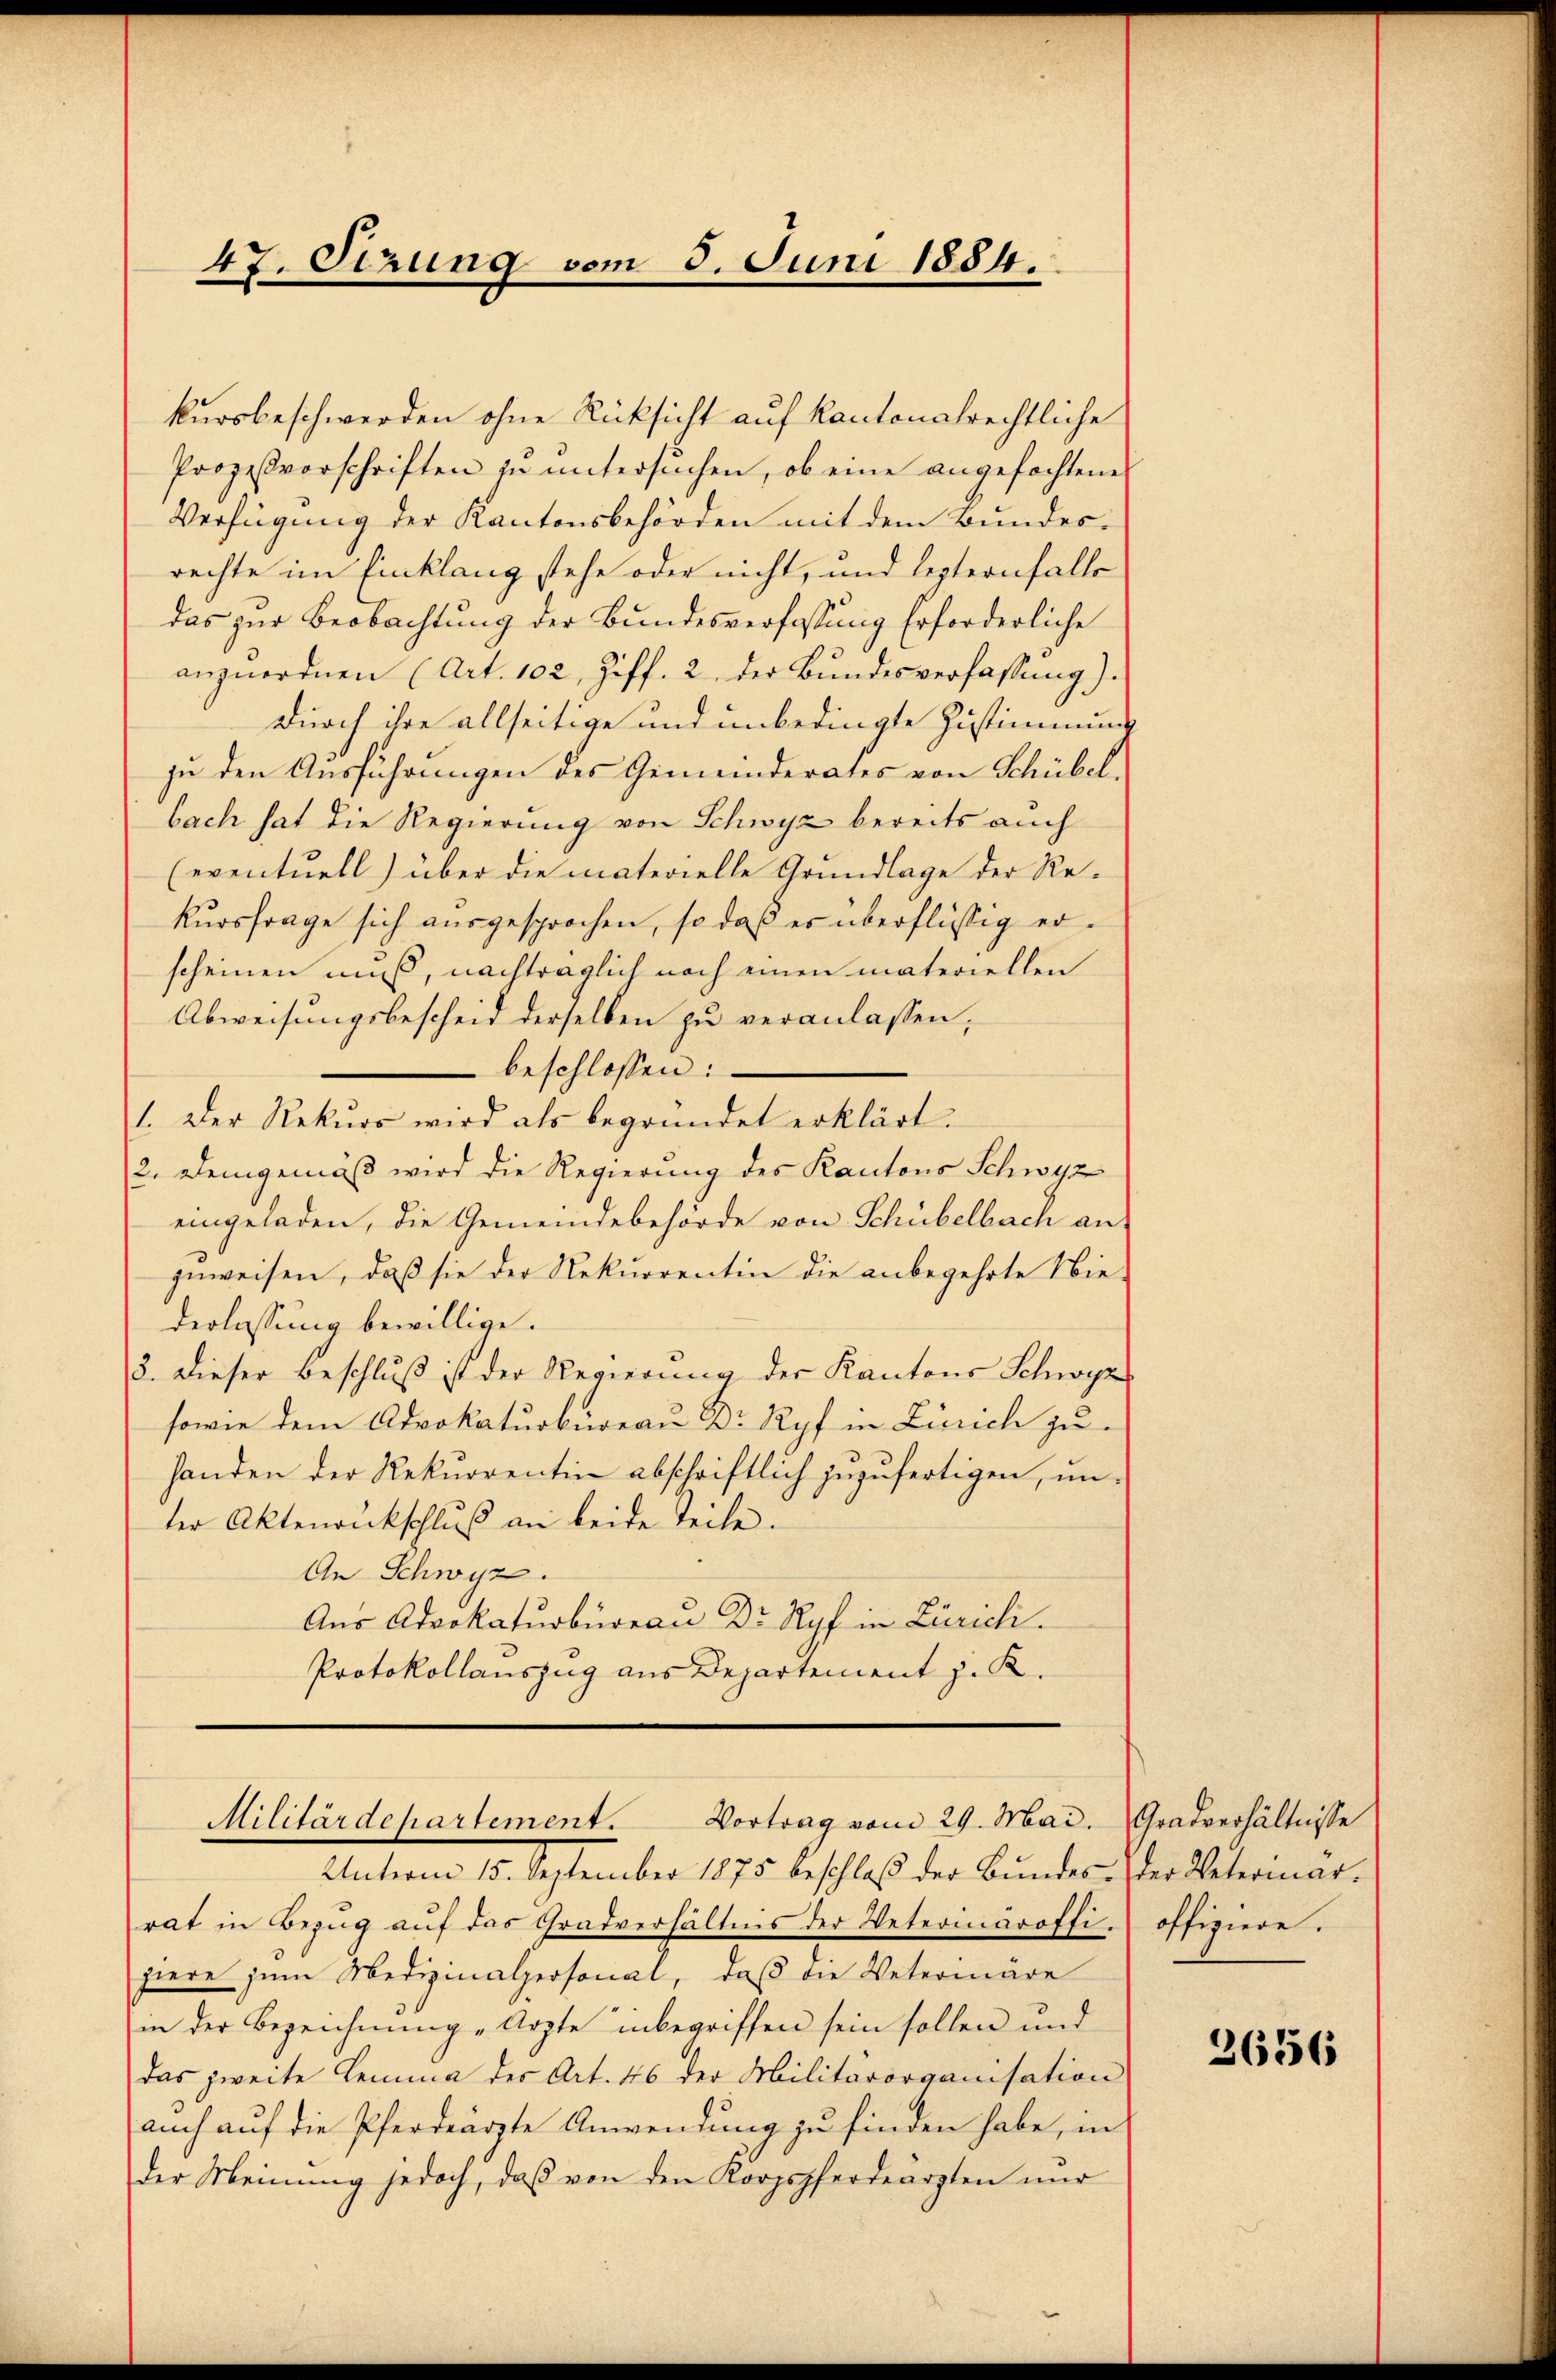
47. Sizung vom 5. Juni 1884.

kursbeschwerden ohne Rücksicht auf kantonalrechtliche
Prozesvorschriften zu untersuchen, ob eine angefochtenes
Verfügung der Kantonsbehörden mit dem Bundesrechte im Einklang stehe oder nicht, und lezternfalls
das zur Beobachtung der Bundesverfassung Erforderliche
anzŭordnen (Art. 102, Ziff. 2. der Bundesverfassung).
durch ihre allseitige und unbedingte Zustimmung
zu den Ausführungen des Gemeinderates von Schübel,
bach hat die Regierung von Schwyz bereits auch
(eventuell) über die materielle Grundlage der Rekursfrage sich ausgesprochen, so daß es überflüssig erscheinen muß, nachträglich noch einen materiellen
Abweisungsbescheid derselben zu veranlassen,
beschlossen:
1. Der Rekŭrs wird als begründet erklärt.
2. Demgemäß wird die Regierung des Kantons Schwyz
eingeladen, die Gemeindebehörde von Schübelbach an
zuweisen, daß sie der Rekurrentin die anbegehrte Nie
derlassung bewillige.
3. Dieser Beschluß ist der Regierung der Kantons Schwy
sowie dem Advokaturbureau Dr. Ryf in Zürich zu¬
Handen der Rekurrentin abschriftlich zuzufertigen, unter Aktenrukschluß an beide Teile.
An Schwyz.
Aus Advokaturbüreau Dr Ryf in Zürich.
Protokollauszug aus Departement z. K.

Vortrag vom 29. Mai. Gradverhältnisse
Militärdepartement.

Unterm 15. September 1875 beschloß der Bundes- der Vetermarrat in Bezŭg aŭf das Gradverhältnis der Veterinäroffi. offiziere.
piere zum Medizinalpersonal, daß die Vetermäre
in der Bezeichnung „Arzte inbegriffen sein sollen und
das zweite Lemma der Art. 46 der Militärorganisation
auch auf die Pferdeärzte Anwendung zu finden habe, in
der Meinŭng jedoch, daβ von den Korpspferdeärzten nur

2656